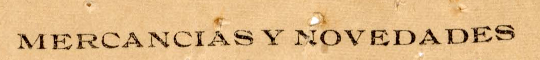
MERCANCIAS Y NOVEDADES